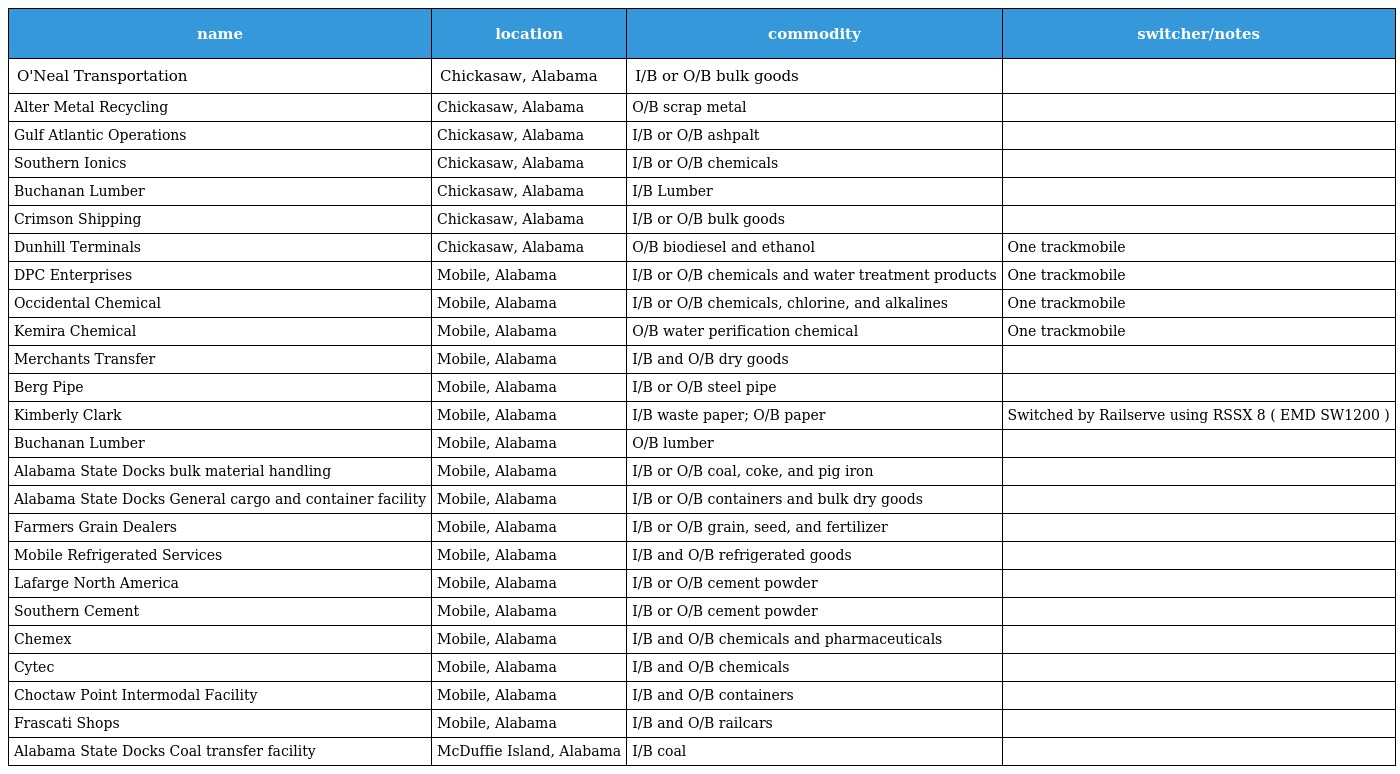
| name | location | commodity | switcher/notes |
 | --- | --- | --- | --- |
 | O'Neal Transportation | Chickasaw, Alabama | I/B or O/B bulk goods |  |
 | Alter Metal Recycling | Chickasaw, Alabama | O/B scrap metal |  |
 | Gulf Atlantic Operations | Chickasaw, Alabama | I/B or O/B ashpalt |  |
 | Southern Ionics | Chickasaw, Alabama | I/B or O/B chemicals |  |
 | Buchanan Lumber | Chickasaw, Alabama | I/B Lumber |  |
 | Crimson Shipping | Chickasaw, Alabama | I/B or O/B bulk goods |  |
 | Dunhill Terminals | Chickasaw, Alabama | O/B biodiesel and ethanol | One trackmobile |
 | DPC Enterprises | Mobile, Alabama | I/B or O/B chemicals and water treatment products | One trackmobile |
 | Occidental Chemical | Mobile, Alabama | I/B or O/B chemicals, chlorine, and alkalines | One trackmobile |
 | Kemira Chemical | Mobile, Alabama | O/B water perification chemical | One trackmobile |
 | Merchants Transfer | Mobile, Alabama | I/B and O/B dry goods |  |
 | Berg Pipe | Mobile, Alabama | I/B or O/B steel pipe |  |
 | Kimberly Clark | Mobile, Alabama | I/B waste paper; O/B paper | Switched by Railserve using RSSX 8 ( EMD SW1200 ) |
 | Buchanan Lumber | Mobile, Alabama | O/B lumber |  |
 | Alabama State Docks bulk material handling | Mobile, Alabama | I/B or O/B coal, coke, and pig iron |  |
 | Alabama State Docks General cargo and container facility | Mobile, Alabama | I/B or O/B containers and bulk dry goods |  |
 | Farmers Grain Dealers | Mobile, Alabama | I/B or O/B grain, seed, and fertilizer |  |
 | Mobile Refrigerated Services | Mobile, Alabama | I/B and O/B refrigerated goods |  |
 | Lafarge North America | Mobile, Alabama | I/B or O/B cement powder |  |
 | Southern Cement | Mobile, Alabama | I/B or O/B cement powder |  |
 | Chemex | Mobile, Alabama | I/B and O/B chemicals and pharmaceuticals |  |
 | Cytec | Mobile, Alabama | I/B and O/B chemicals |  |
 | Choctaw Point Intermodal Facility | Mobile, Alabama | I/B and O/B containers |  |
 | Frascati Shops | Mobile, Alabama | I/B and O/B railcars |  |
 | Alabama State Docks Coal transfer facility | McDuffie Island, Alabama | I/B coal |  |